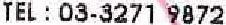
TEL : 03-3271 9872